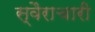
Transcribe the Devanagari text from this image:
स्वैराचारी